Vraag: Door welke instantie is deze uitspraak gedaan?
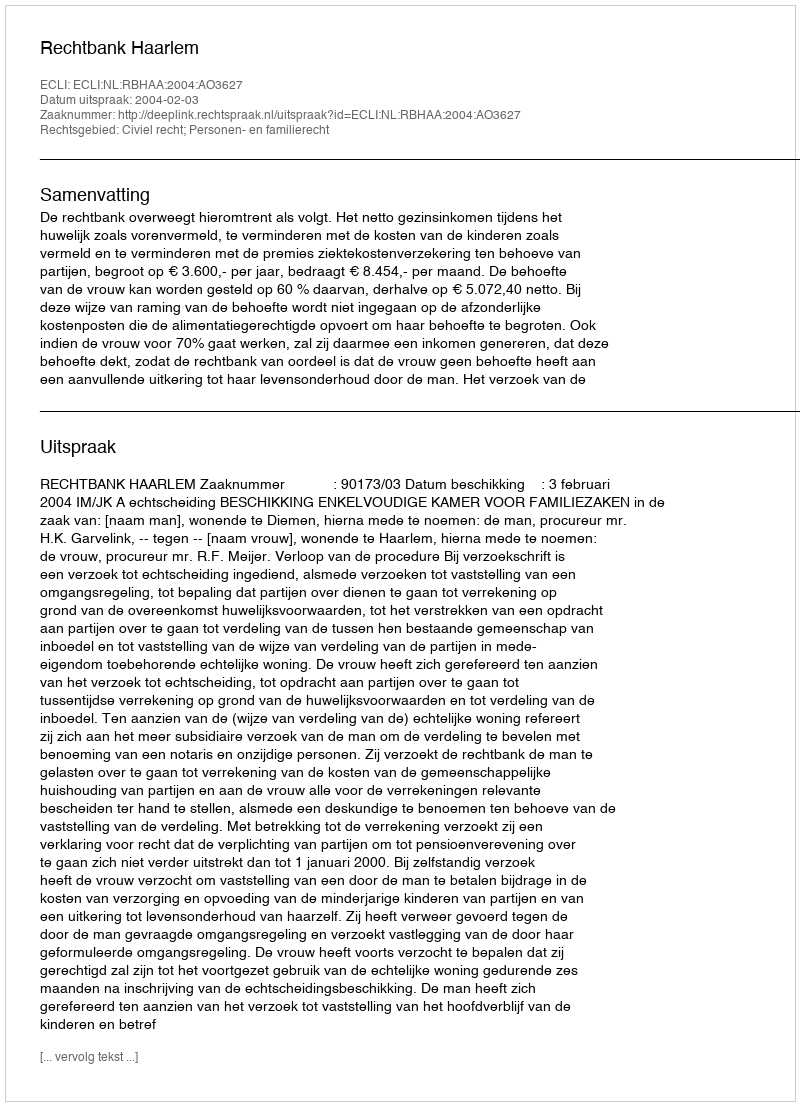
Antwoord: Rechtbank Haarlem